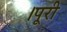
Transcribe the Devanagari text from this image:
।पूरी